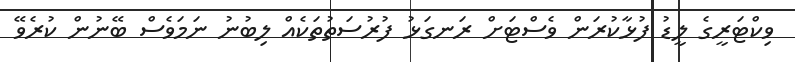
ވިކްޓަރީގެ ލީޑު ފުޅާކުރަން ވެސްޓަށް ރަނގަޅު ފުރުސަތުތަކެއް ލިބުނު ނަމަވެސް ބޭނުން ކުރެވޭ